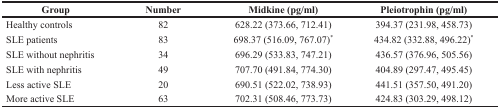
<table><thead><tr><td><b>Group</b></td><td><b>Number</b></td><td><b>Midkine (pg/ml)</b></td><td><b>Pleiotrophin (pg/ml)</b></td></tr></thead><tbody><tr><td>Healthy controls</td><td>82</td><td>628.22 (373.66, 712.41)</td><td>394.37 (231.98, 458.73)</td></tr><tr><td>SLE patients</td><td>83</td><td>698.37 (516.09, 767.07)*</td><td>434.82 (332.88, 496.22)*</td></tr><tr><td>SLE without nephritis</td><td>34</td><td>696.29 (533.83, 747.21)</td><td>436.57 (376.96, 505.56)</td></tr><tr><td>SLE with nephritis</td><td>49</td><td>707.70 (491.84, 774.30)</td><td>404.89 (297.47, 495.45)</td></tr><tr><td>Less active SLE</td><td>20</td><td>690.51 (522.02, 738.93)</td><td>441.51 (357.50, 491.20)</td></tr><tr><td>More active SLE</td><td>63</td><td>702.31 (508.46, 773.73)</td><td>424.83 (303.29, 498.12)</td></tr></tbody></table>